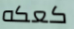
كعكه